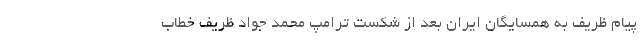
پیام ظریف به همسایگان ایران بعد از شکست ترامپ محمد جواد ظریف خطاب